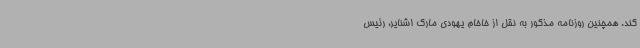
کند. همچنین روزنامه مذکور به نقل از خاخام یهودی مارک اشنایر، رئیس